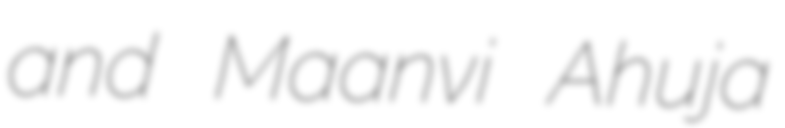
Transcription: and Maanvi Ahuja